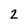
Character: 2